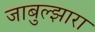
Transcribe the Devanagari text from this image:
जाबुल्झारा